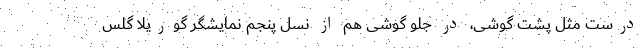
درست مثل پشت گوشی، در جلو گوشی هم از نسل پنجم نمایشگر گوریلا گلس